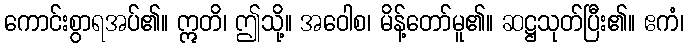
ကောင်းစွာရအပ်၏။ ဣတိ၊ ဤသို့။ အဝေါစ၊ မိန့်တော်မူ၏။ ဆဋ္ဌသုတ်ပြီး၏။ ဧကံ၊